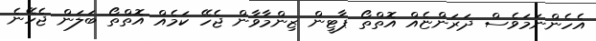
އެހެންނަމަވެސް ދަރަންޏެއް އޮތްތޯ ޕާޓީން ޒިންމާވާން ޖެހޭ ކަމެއް އޮތްތޯ ބަލަން ޖެހޭނެ